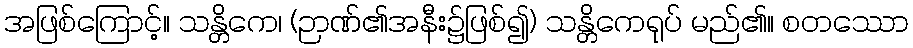
အဖြစ်ကြောင့်။ သန္တိကေ၊ (ဉာဏ်၏အနီး၌ဖြစ်၍) သန္တိကေရုပ် မည်၏။ စတဿော